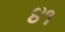
૪૧